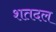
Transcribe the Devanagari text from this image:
शतदल